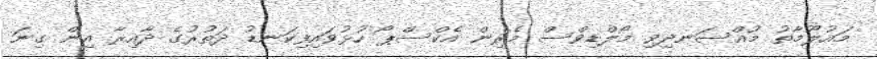
މައުލޫމާތު މުއްސަނދިވި މޯލްޑިވްސް މެރިން އެކްސްޕޯ ހުޅުވައިފިކަނޑު ދަތުރުގެ ދާއިރާ އިން ގިނަ